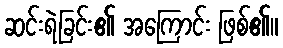
ဆင်းရဲခြင်း၏ အကြောင်း ဖြစ်၏။